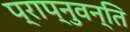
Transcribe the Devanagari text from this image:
प्राप्नुवन्ति